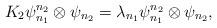
LaTeX: \begin{align*}K_2\psi_{n_1}^{n_2}\otimes \psi_{n_2}=\lambda_{n_1}\psi_{n_1}^{n_2}\otimes \psi_{n_2},\end{align*}